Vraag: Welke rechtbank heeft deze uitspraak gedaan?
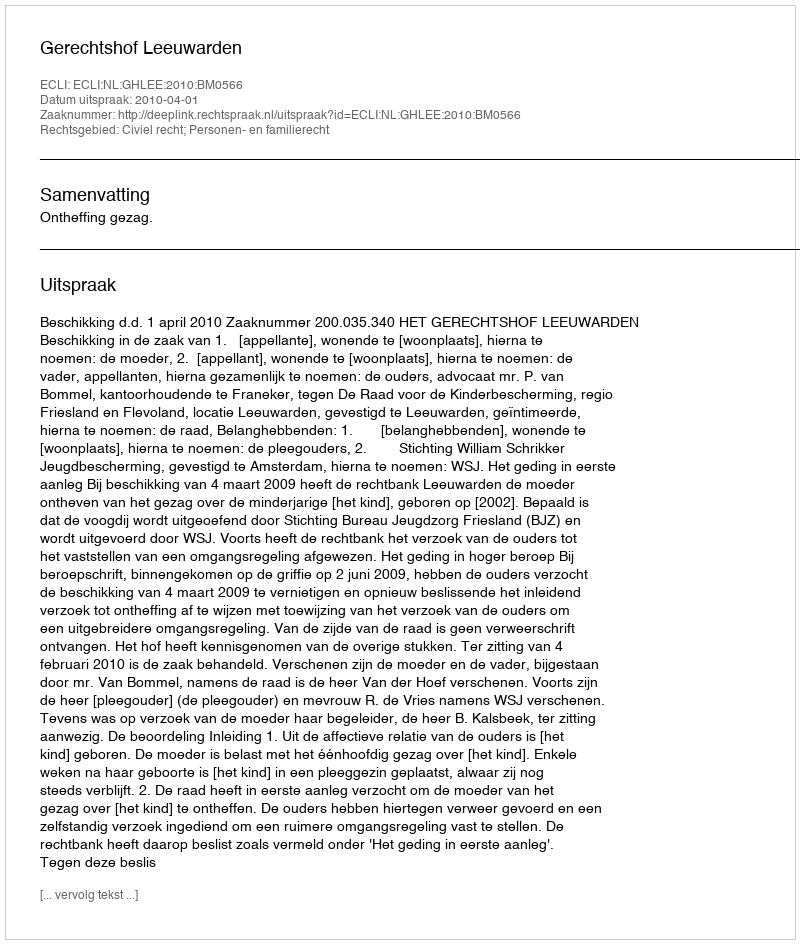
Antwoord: Gerechtshof Leeuwarden